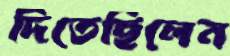
দিতেছিলেন